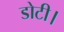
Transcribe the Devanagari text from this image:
डोटी।